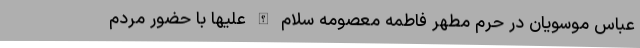
عباس موسویان در حرم مطهر فاطمه معصومه سلام الله علیها با حضور مردم